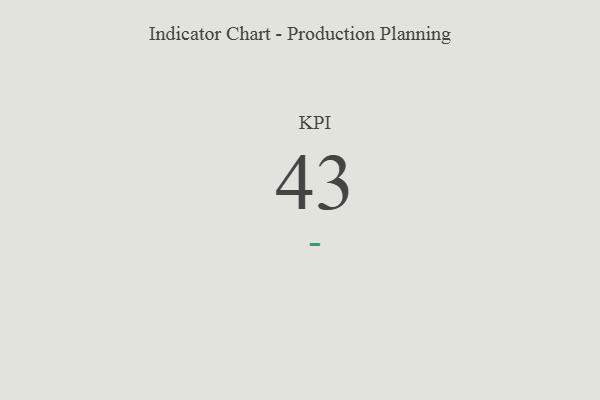
{"axis": {"x": "KPI", "y": "Value"}, "legend": [""], "data": [{"x": "KPI", "y": 43, "type": ""}]}